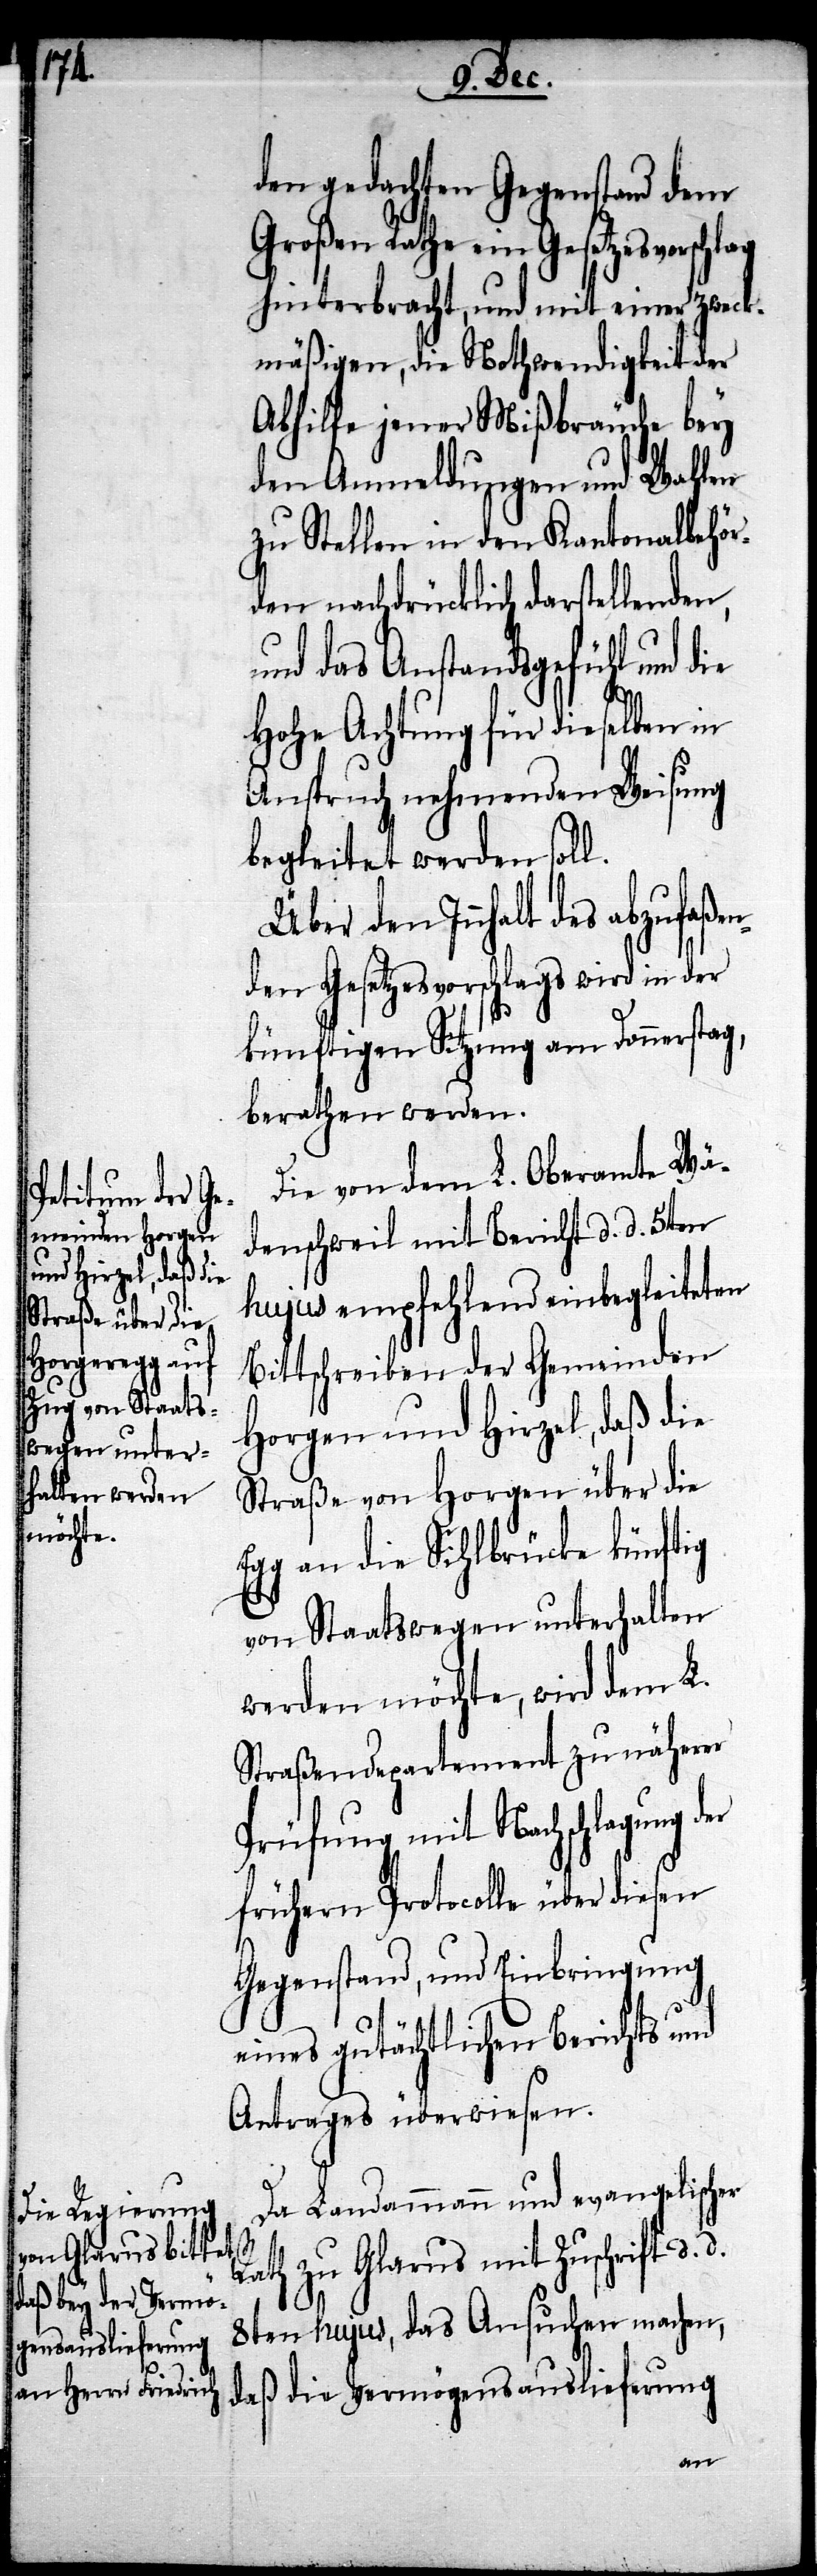
den gedachten Gegenstand dem
Großen Rathe ein Gesetzesvorschl¬
hinterbracht, und mit einer zweck¬
mäßigen, die Nothwendigkeit der
Abhilfe jener Mißbräuche bey
den Anmeldungen und Wahlen
zu Stellen in den Kantonalbehör¬
den nachdrücklich darstellenden,
und das Anstandsgefühl und die
hohe Achtung für dieselben in
Anspruch nehmenden Weisung
begleitet werden soll.
Über den Innhalt des abzufaßen¬
den Gesetzesvorschlags wird in der
künftigen Sitzung am Donnerstag,
berathen werden.
Die von dem L. Oberamte Wä¬
denschweil mit Bericht d. d. 5ten
hujus empfehlend einbegleiteten
Bittschreiben der Gemeinden
Horgen und Hirzel, daß die
Straße von Horgen über die
Egg an die Sihlbrücke künftig
von Staatswegen unterhalten
werden möchte, wird dem L.
Straßendepartement zu näherer
Prüfung mit Nachschlagung
frühern Protocolle über diesen
Gegenstand, und Einbringung
eines gutächtlichen Berichts und
Antrages überwiesen.
Da Landammann und evangelischer
ag
Rath zu Glarus mit Zuschrift d. d.
8ten hujus, das Ansuchen machen,
daß die Vermögensauslieferung